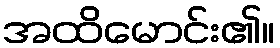
အထိမောင်း၏။